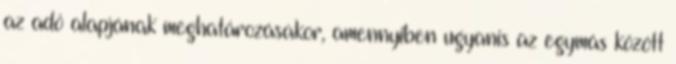
az adó alapjának meghatározásakor, amennyiben ugyanis az egymás között